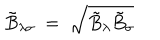
LaTeX: \tilde { B } _ { \lambda \sigma } ~ = ~ \sqrt { \tilde { B } _ { \lambda } \tilde { B } _ { \sigma } }